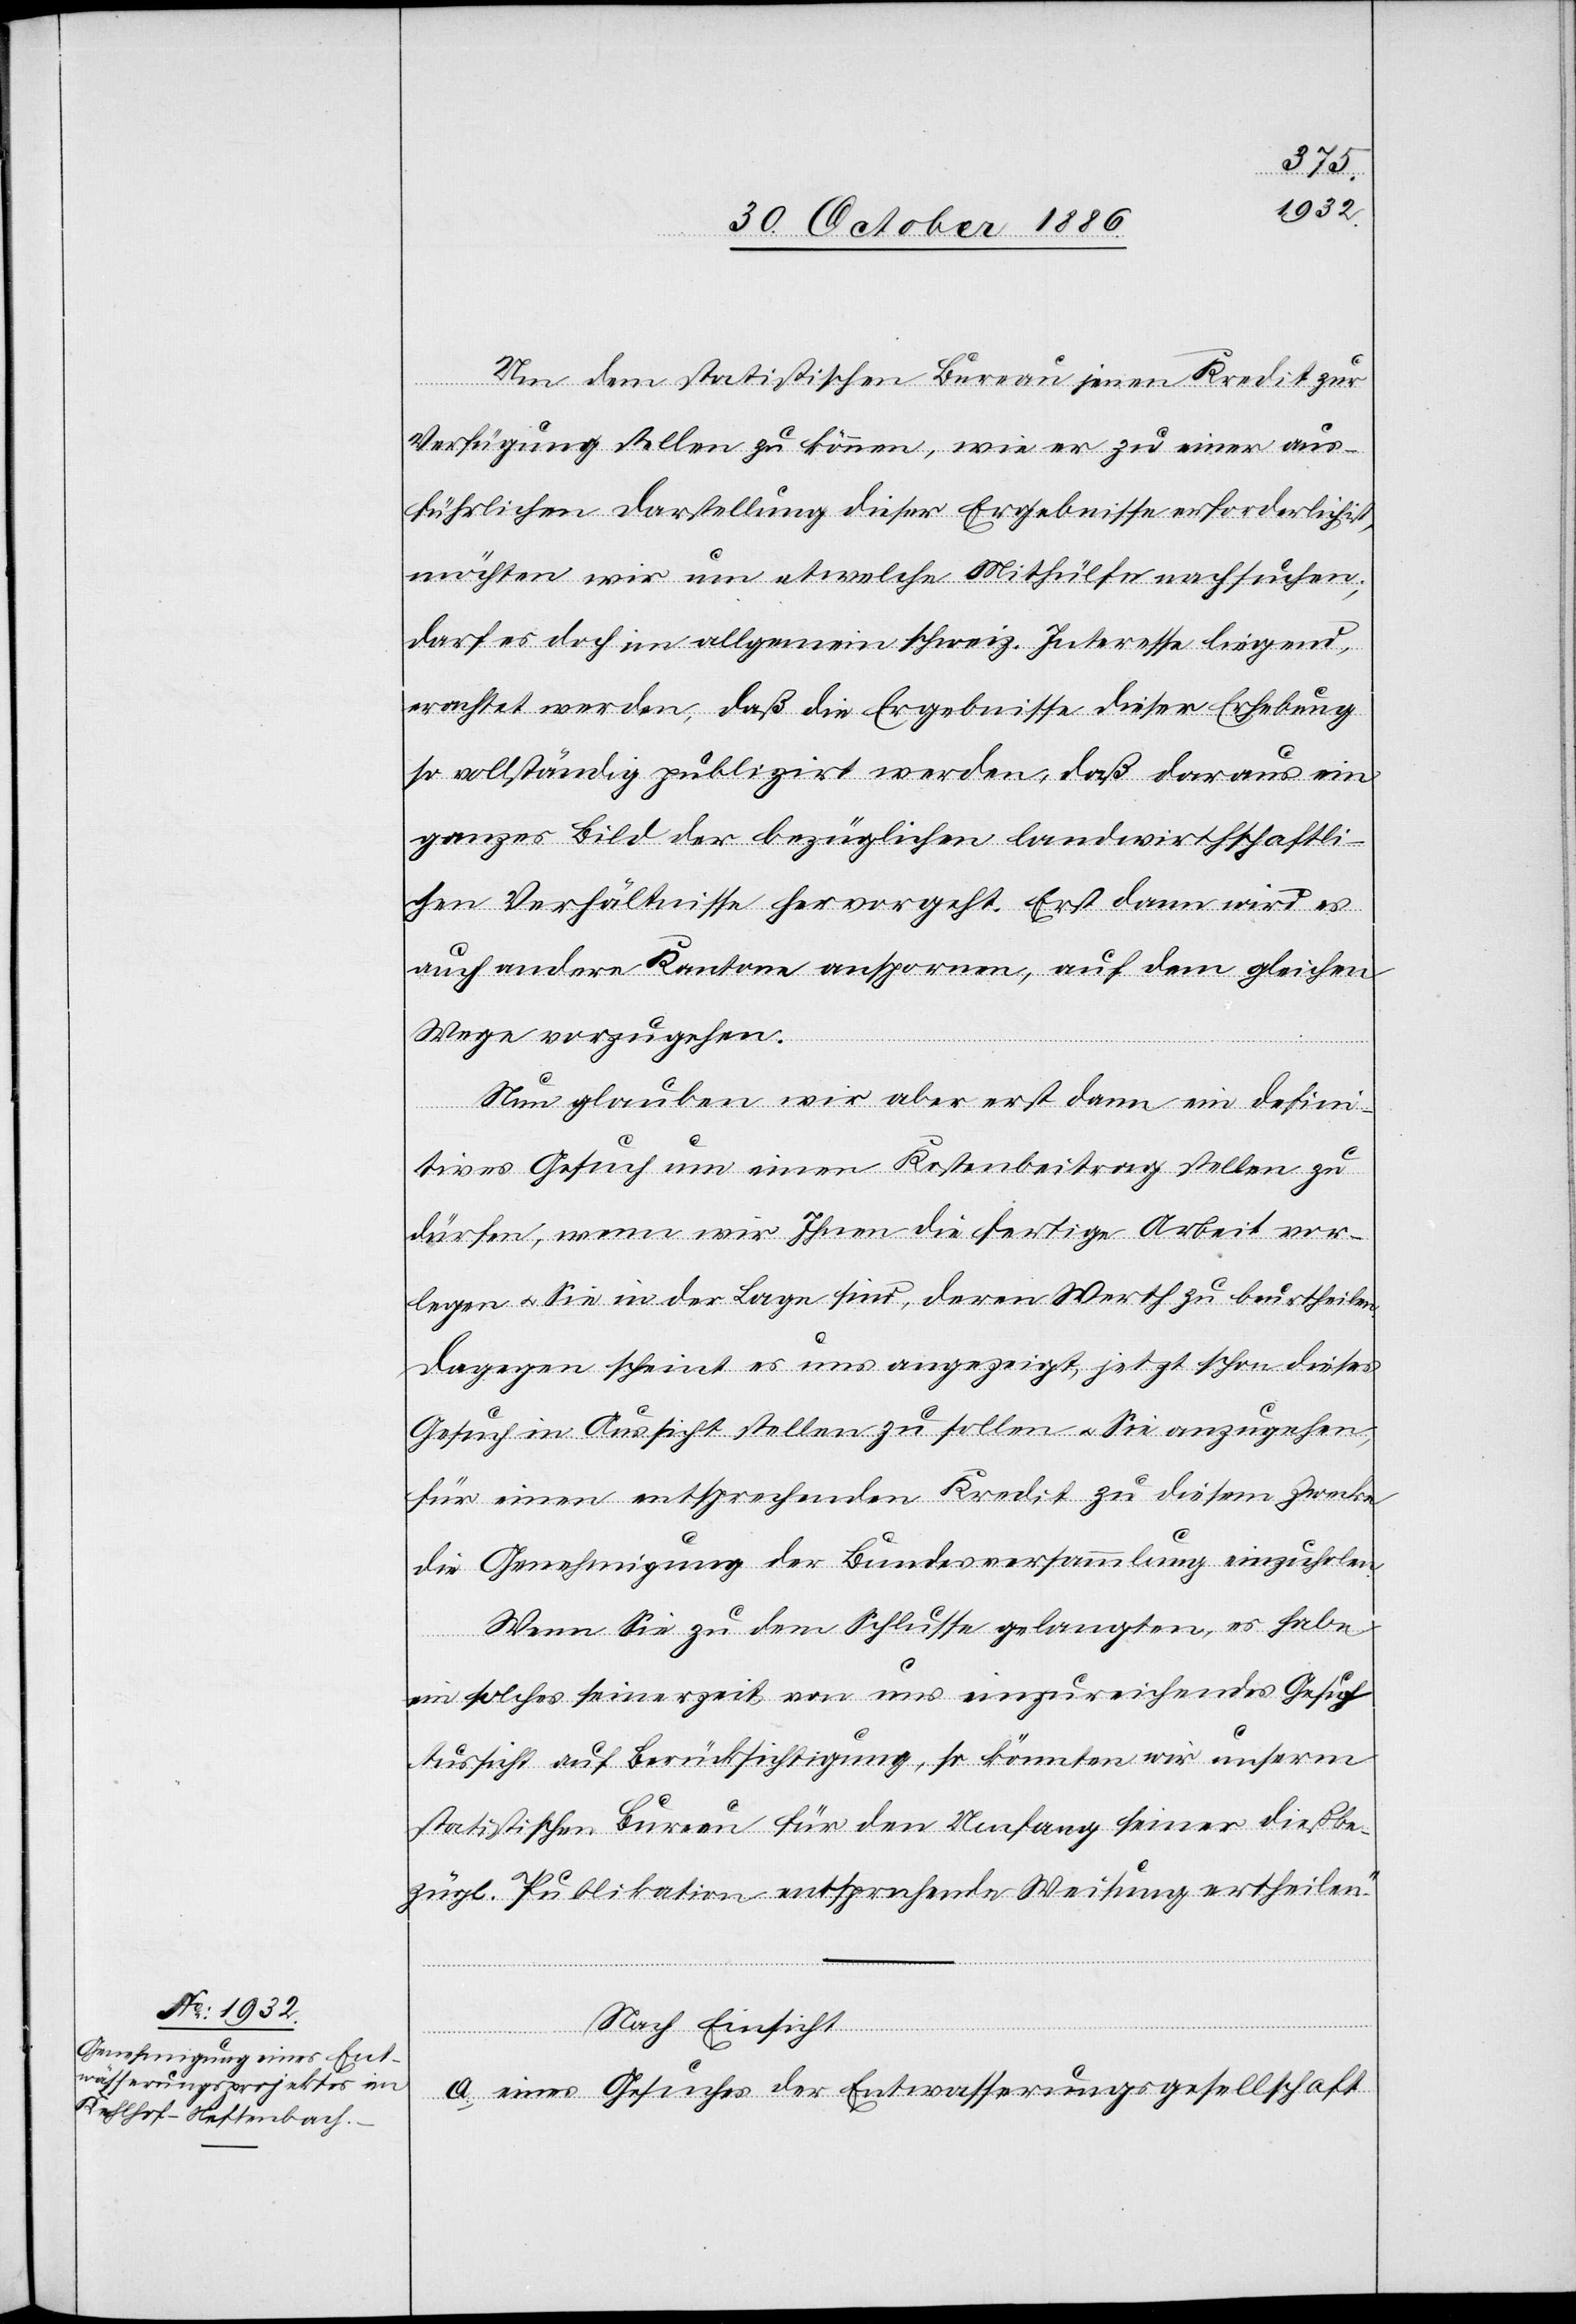
Um dem statistischen Bureau jenen Kredit zur
Verfügung stellen zu können, wie er zu einer aus¬
führlichen Darstellung dieser Ergebnisse erforderlich ist,
möchten wir um etwelche Mithülfe nachsuchen;
darf es doch im allgemein schweiz. Interesse liegend,
erachtet werden, daß die Ergebnisse dieser Erhebung
so vollständig publizirt werden, daß daraus ein
ganzes Bild der bezüglichen landwirthschaftli¬
chen Verhältnisse hervorgeht. Erst dann wird es
auch andere Kantone anspornen, auf dem gleichen
Wege vorzugehen.
Nun glauben wir aber erst dann ein defini¬
tives Gesuch um einen Kostenbeitrag stellen zu
dürfen, wenn wir Ihnen die fertige Arbeit vor¬
legen & Sie in der Lage sind, deren Werth zu beurtheilen.
Dagegen scheint es uns angezeigt, jetzt schon dieses
Gesuch in Aussicht stellen zu sollen & Sie anzugehen,
für einen entsprechenden Kredit zu diesem Zwecke
die Genehmigung der Bundesversammlung einzuholen.
Wenn Sie zu dem Schlusse gelangten, es habe
ein solches seinerzeit von uns einzureichendes Gesuch
Aussicht auf Berücksichtigung, so könnten wir unserm
statistischen Bureau für den Umfang seiner dießbe¬
zügl. Publikation entsprechende Weisung ertheilen.“
Nach Einsicht
a. eines Gesuches der Entwasserungsgesellschaft